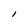
Character: I